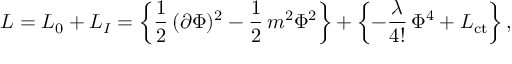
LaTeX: { \cal L } = { \cal L } _ { 0 } + { \cal L } _ { I } = \left\{ \frac { 1 } { 2 } \, ( \partial \Phi ) ^ { 2 } - \frac { 1 } { 2 } \, m ^ { 2 } \Phi ^ { 2 } \right\} + \left\{ - \frac { \lambda } { 4 ! } \, \Phi ^ { 4 } + { \cal L } _ { \mathrm { c t } } \right\} ,